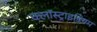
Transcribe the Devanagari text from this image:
क्लॉस्ट्राइडियम